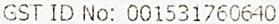
GST ID NO: 001531760640